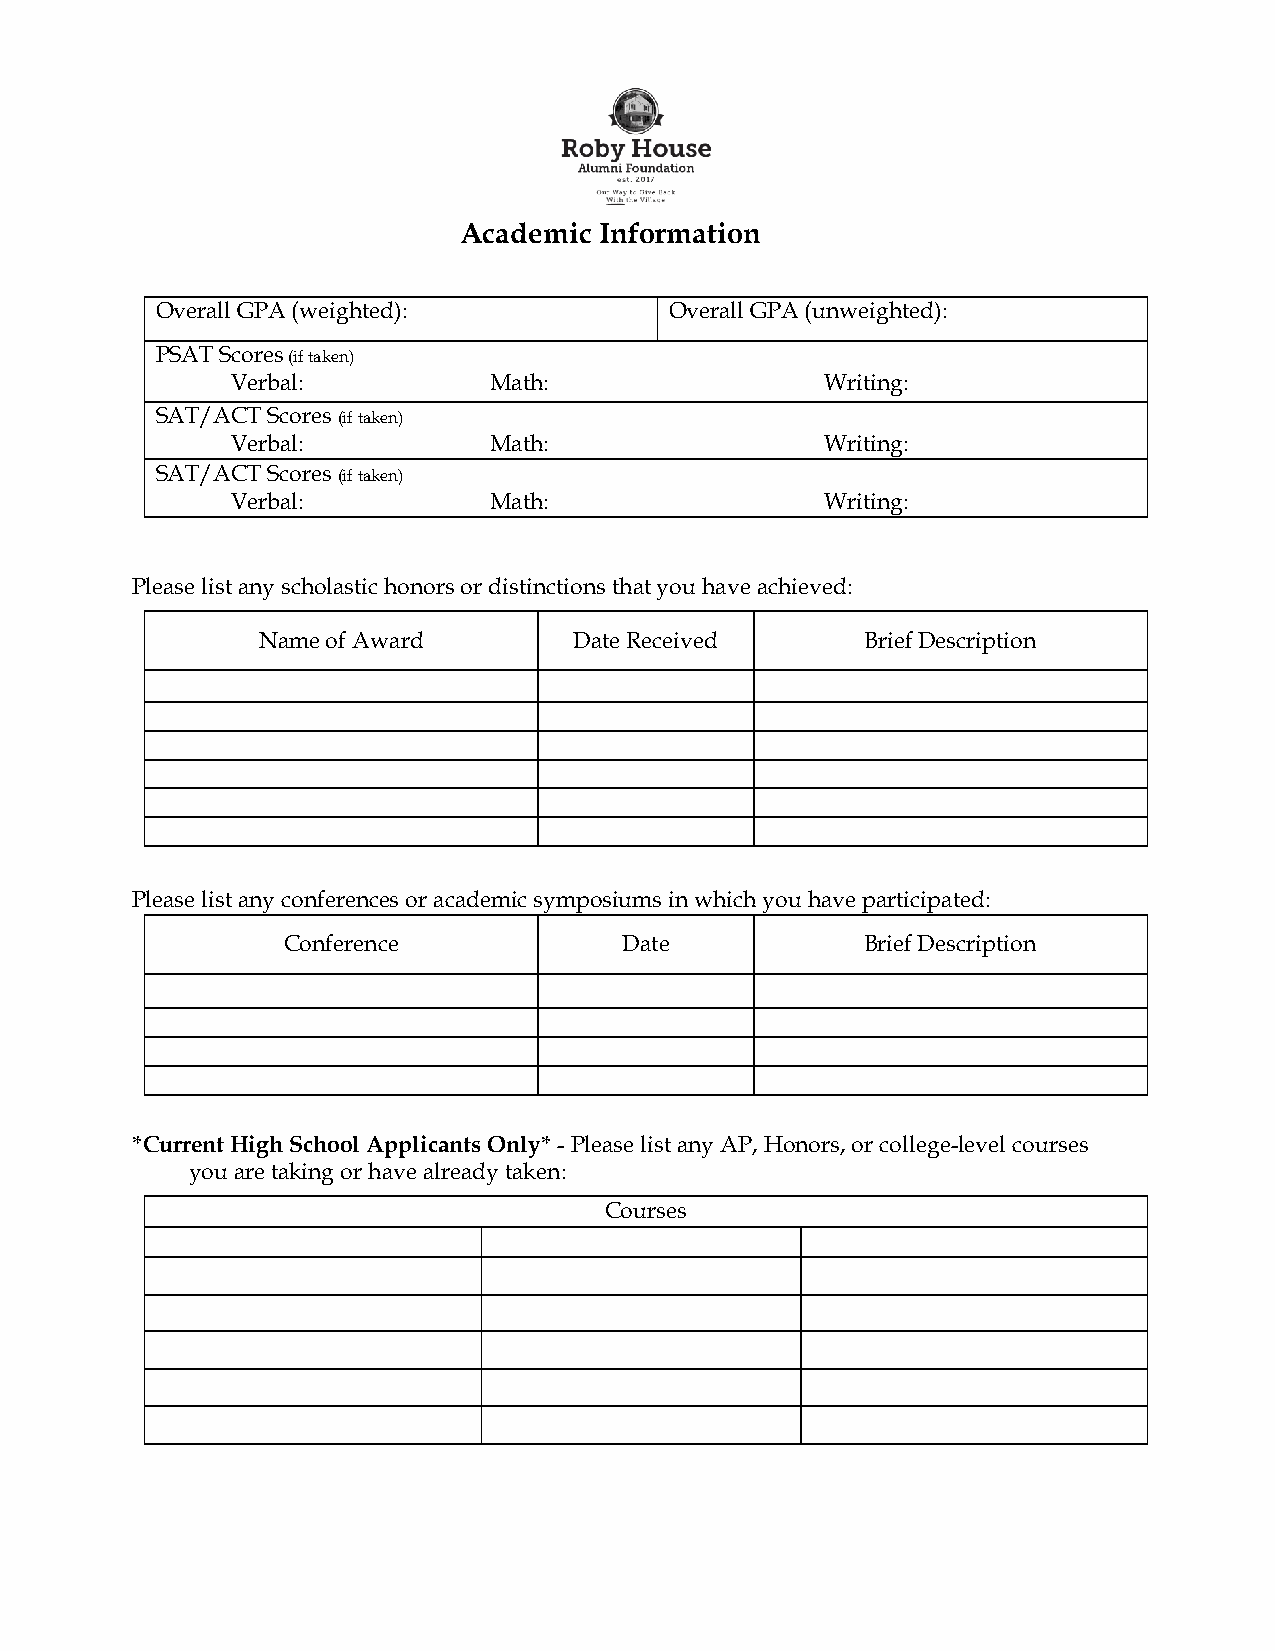
Academic  Information
 Overall GPA (weighted):           Overall GPA (unweighted):
 PSAT Scores (if taken)
 Verbal:          M a th:                Writing:
 SAT/ACT Scores (if taken)
 Verbal:          M a th:                Writing:
 SAT/ACT Scores (if taken)
 Verbal:          M a th:                Writing:
 Please list any scholastic honors or distinctions that you have achieved:
 Name of Award        Date Received      Brief Description
 Please list any conferences or academic symposiums in which you have participated:
 Conference            Date            Brief Description
 *Current High School Applicants Only* - Please list any AP, Honors, or college-level courses
 you are taking or have already taken:
 Courses